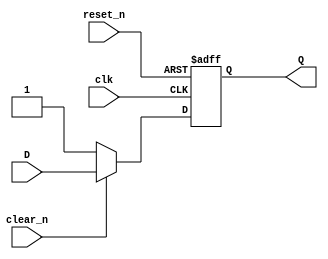
`timescale 1ns / 1ps
//////////////////////////////////////////////////////////////////////////////////

// ID          : N180116
//Branch       : ECE
//Project Name : RTL design using Verilog
//Design  Name : Asynchronous D FLIP FLOP
//Module  Name : Async_DFF
//RGUKT NUZVID 
//////////////////////////////////////////////////////////////////////////////////


module Async_DFF(clk,D,reset_n,clear_n,Q);
input clk,D;
input reset_n; //Asynchronous reset
input clear_n; //Synchrnous clear
output Q;

reg q_reg,q_next;

always@(negedge clk,negedge reset_n)
begin
	if(!reset_n)
		q_reg <=1'b0;
	else
		q_reg <= q_next;
end

always@(D,clear_n)
begin
	q_next = q_reg;
	if(!clear_n)
		q_next = 1'b1;
	else
		q_next = D;
end
assign Q = q_reg;
endmodule